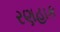
રણહાક